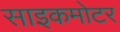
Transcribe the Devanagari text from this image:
साइकमोटर